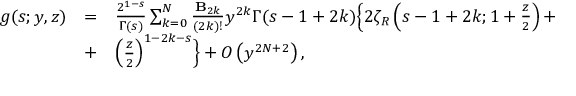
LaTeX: \begin{array} { r c l } { { g ( s ; y , z ) } } & { { = } } & { { \frac { 2 ^ { 1 - s } } { \Gamma ( s ) } \sum _ { k = 0 } ^ { N } \frac { { \bf B } _ { 2 k } } { ( 2 k ) ! } y ^ { 2 k } \Gamma ( s - 1 + 2 k ) \Bigl \{ 2 \zeta _ { R } \left( s - 1 + 2 k ; 1 + \frac { z } { 2 } \right) + } } \\ { { } } & { { + } } & { { \left( \frac { z } { 2 } \right) ^ { 1 - 2 k - s } \Bigr \} + O \left( y ^ { 2 N + 2 } \right) , } } \end{array}